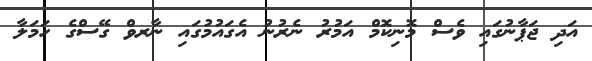
އަދި ޖަޕާނުގައި ވެސް މޮނިކޮމް އަމުރު ނެރުނު އެގައުމުގައި ނާރވް ގޭސްގެ ހަމަލާ